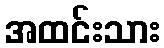
အထင်းသား